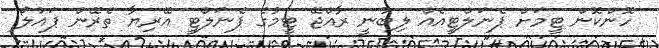
ހޮންކޮން ޓީމަށް ޕެނަލްޓީއެއް ލިބުނީ ރާއްޖޭ ޓީމުގެ ޕެނަލްޓީ އޭރިޔާ ތެރޭން ޕައުލޯ